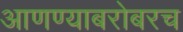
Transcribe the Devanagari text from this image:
आणण्याबरोबरच